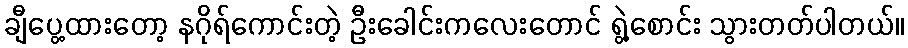
ချီပွေ့ထားတော့ နဂိုရ်ကောင်းတဲ့ ဦးခေါင်းကလေးတောင် ရွဲ့စောင်း သွားတတ်ပါတယ်။